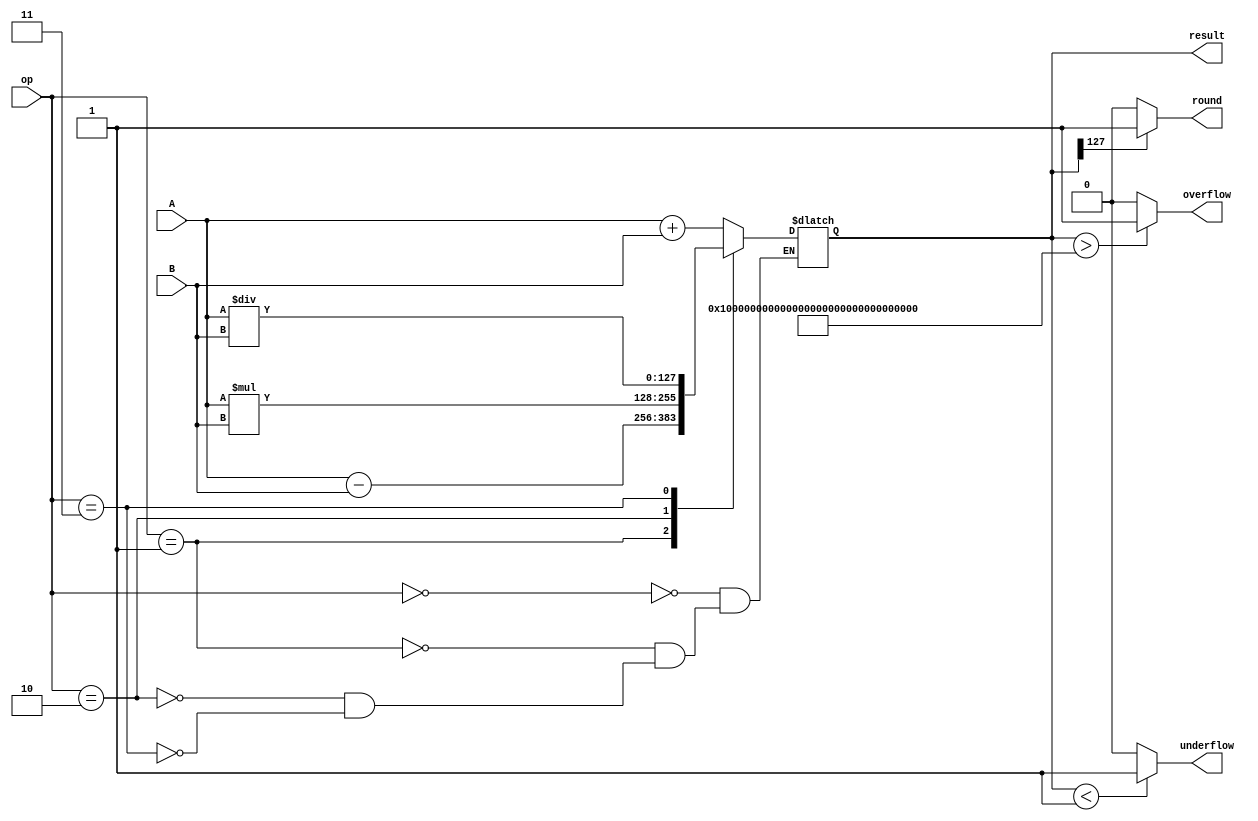
module quadruple_precision_float_unit (
    input [127:0] A,
    input [127:0] B,
    input [3:0] op, // 0: addition, 1: subtraction, 2: multiplication, 3: division
    output reg [127:0] result,
    output reg overflow,
    output reg underflow,
    output reg round
);

// Modules for addition, subtraction, multiplication, and division

always @(*)
begin
    case(op)
        0: result = A + B;
        1: result = A - B;
        2: result = A * B;
        3: result = A / B;
    endcase
end

// Functions for handling overflow, underflow, and rounding

// Overflow: Set overflow flag if result is outside of quadruple precision range
always @(*)
begin
    if(result > 128'hFFFFFFFFFFFFFFFFFFFFFFFFFFFFFFFF)
        overflow = 1;
    else
        overflow = 0;
end

// Underflow: Set underflow flag if result is below minimum quadruple precision value
always @(*)
begin
    if(result < 128'h00000000000000000000000000000001)
        underflow = 1;
    else
        underflow = 0;
end

// Rounding: Set rounding flag if result needs to be rounded
always @(*)
begin
    if(result[127] == 1)
        round = 1;
    else
        round = 0;
end

endmodule